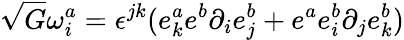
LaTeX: \sqrt{G}\omega_{i}^{a}=\epsilon^{jk}(e_{k}^{a}e^{b}\partial_{i}e_{j}^{b}+e^{a}e_{i}^{b}\partial_{j}e_{k}^{b})